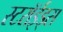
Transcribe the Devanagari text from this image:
स्टरॉईड्स